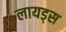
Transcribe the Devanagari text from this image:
लायड्स